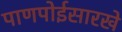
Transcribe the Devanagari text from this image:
पाणपोईसारखे